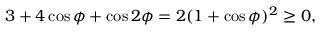
3 + 4 \cos \phi + \cos 2 \phi = 2 ( 1 + \cos \phi ) ^ { 2 } \geq 0 ,